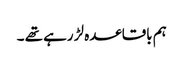
ہم باقاعدہ لڑ رہے تھے ۔